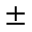
\pm